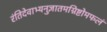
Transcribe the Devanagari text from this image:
रंतिदेवाभ्यनुज्ञातमग्निष्टोमफलं